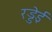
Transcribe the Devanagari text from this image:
रड्डेई